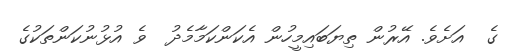
ގެ  އަށެވެ. އޭރުން ތިޔަބައިމީހުން އެކަންކަމާމެދު  ވެ އުޅުނުކަންތަކުގެ